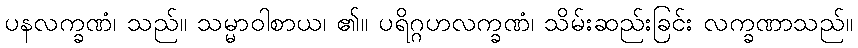
ပနလက္ခဏံ၊ သည်။ သမ္မာဝါစာယ၊ ၏။ ပရိဂ္ဂဟလက္ခဏံ၊ သိမ်းဆည်းခြင်း လက္ခဏာသည်။